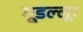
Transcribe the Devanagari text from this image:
गूडल्लूर